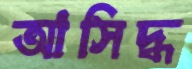
আসিদ্ধ